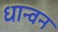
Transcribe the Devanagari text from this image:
धान्वन